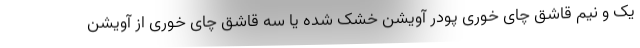
یک و نیم قاشق چای خوری پودر آویشن خشک شده یا سه قاشق چای خوری از آویشن